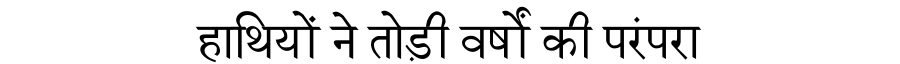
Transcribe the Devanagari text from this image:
हाथियों ने तोड़ी वर्षों की परंपरा